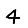
Digit: 4